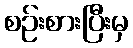
စဉ်းစားပြီးမှ